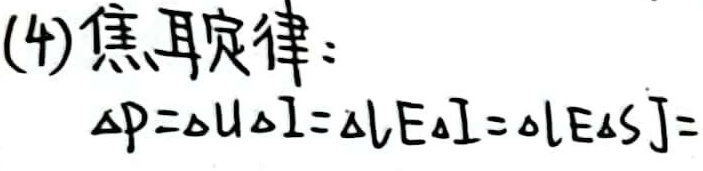
(4)焦耳定律：

\[ \Delta P=\Delta U\Delta I=\Delta J E\Delta I=\Delta J E\Delta S J = \]